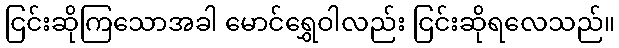
ငြင်းဆိုကြသောအခါ မောင်ရွှေဝါလည်း ငြင်းဆိုရလေသည်။